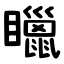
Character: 䁽